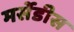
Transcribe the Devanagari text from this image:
मर्सेडीस